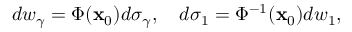
d w _ { \gamma } = \Phi ( { \bf x } _ { 0 } ) d \sigma _ { \gamma } , \quad d \sigma _ { 1 } = \Phi ^ { - 1 } ( { \bf x } _ { 0 } ) d w _ { 1 } ,